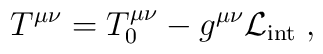
T^{\mu \nu} = T_0^{\mu \nu} - g^{\mu \nu} \mathcal{L}_{\mathrm{int}}  \; ,